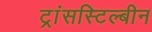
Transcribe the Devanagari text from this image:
ट्रांसस्टिल्बीन